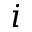
i